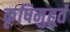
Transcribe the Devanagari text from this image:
कृषिमुहूर्त